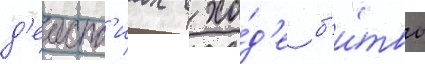
д'еиств'иах в хо́д'е б'и́твы